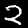
Label: 2